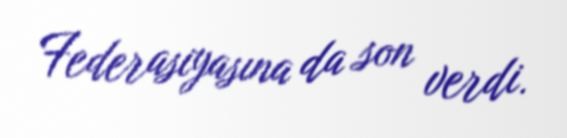
Federasiyasına da son verdi.